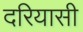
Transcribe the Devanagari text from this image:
दरियासी